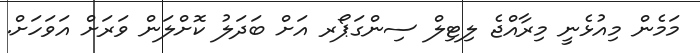
މަމެން މިއުޅެނީ މިރާއްޖެ ލިޓިލް ސިންގަޕޯރ އަށް ބަދަލު ކޮށްލަން ވަރަށް އަވަހަށް.